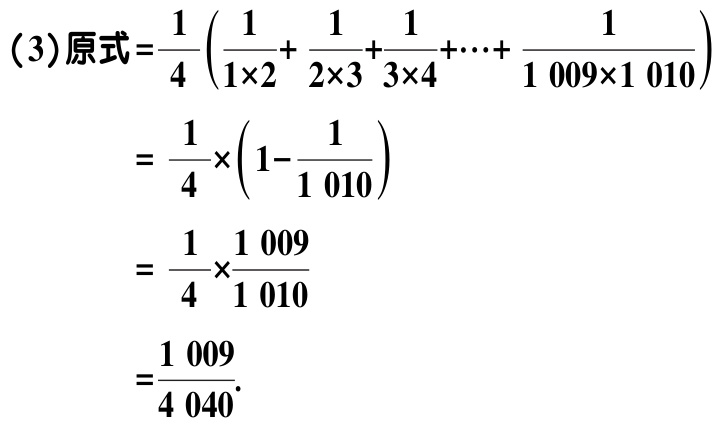
(3)原式=$\frac{1}{4}\left(\frac{1}{1\times2}+ \frac{1}{2\times3}+\frac{1}{3\times4}+\cdots+ \frac{1}{1009\times1010}\right)$

$= \frac{1}{4}\times\left(1- \frac{1}{1010}\right)$

$= \frac{1}{4}\times\frac{1009}{1010}$

$=\frac{1009}{4040}$.